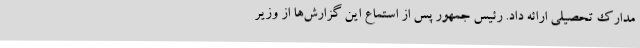
مدارک تحصیلی ارائه داد. رئیس جمهور پس از استماع این گزارش‌ها از وزیر